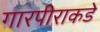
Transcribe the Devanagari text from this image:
गारपीराकडे